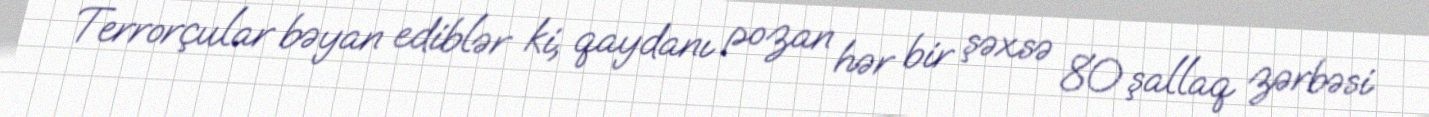
Terrorçular bəyan ediblər ki, qaydanı pozan hər bir şəxsə 80 şallaq zərbəsi